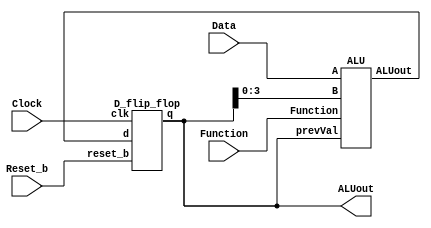
`timescale 1ns / 1ns

module part2(Clock, Reset_b, Data, Function, ALUout);
    input [3:0] Data;
    input Clock, Reset_b;
    input [1:0] Function;
    output [7:0] ALUout;

    wire [7:0] preRegALUout, aluPrevVal;
    wire [3:0] b;

    assign b = ALUout[3:0];
    assign aluPrevVal = ALUout;

    ALU myAlu(Data, b, Function, preRegALUout, aluPrevVal);
    D_flip_flop storage(Clock, Reset_b, preRegALUout, ALUout);

endmodule


module D_flip_flop (
    input wire clk ,
    input wire reset_b ,
    input wire [7:0] d ,
    output reg [7:0] q
    ) ;
    always@ ( posedge clk )
        begin
            if ( reset_b ) q <= 8'b00000000 ;
            else q <= d ;
        end
endmodule


module ALU(A, B, Function, ALUout, prevVal);
    input [3:0] A, B;
    input [1:0] Function;
    input [7:0] prevVal;
    output[7:0] ALUout;

    reg[7:0] outsign;

    always @(*)
        begin
            case(Function)
            2'b00: outsign <= A + B;
            2'b01: outsign <= A * B;
            2'b10: outsign <= B << A;
            2'b11: outsign <= prevVal;
            endcase
        end
    
    assign ALUout = outsign;

endmodule